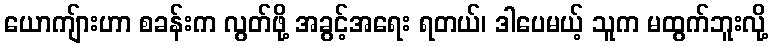
ယောကျ်ားဟာ စခန်းက လွတ်ဖို့ အခွင့်အရေး ရတယ်၊ ဒါပေမယ့် သူက မထွက်ဘူးလို့